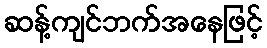
ဆန့်ကျင်ဘက်အနေဖြင့်